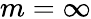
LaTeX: m=\infty